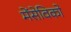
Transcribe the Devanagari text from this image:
मेंसेविको